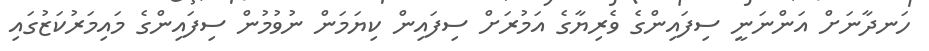
ހަނދާނަށް އަންނަނީ ސިފައިންގެ ވެރިޔާގެ އަމުރަށް ސިފައިން ކިޔަމަން ނުވުމުން ސިފައިންގެ މައިމަރުކަޒުގައި